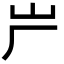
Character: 屵